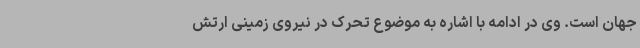
جهان است. وی در ادامه با اشاره به موضوع تحرک در نیروی زمینی ارتش